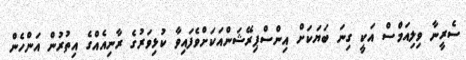
ސެރީނާ ވިލިއަމްސް އަކީ ގިނަ ބަޔަކަށް އިންސްޕިރޭޝަންއަކަށްވެފައިވާ ކުޅިވަރުގެ ރާނިއެއްގެ އިތުރުން އަންހެން